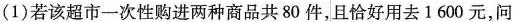
(1)若该超市-次性购进两种商品共80件，且恰好用去1600元，问